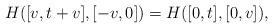
LaTeX: \begin{align*}H([v, t + v], [-v, 0]) = H([0, t], [0, v]) ,\end{align*}